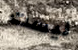
ليست